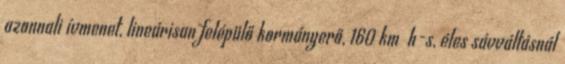
azonnali ívmenet, lineárisan felépülő kormányerő, 160 km h-s, éles sávváltásnál